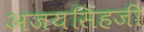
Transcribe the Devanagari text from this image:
अजयसिंहजी